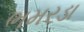
ભમરડા